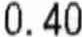
0.40